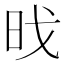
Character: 𮲜